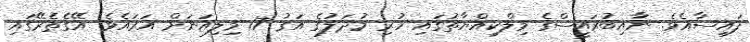
ފައިސާއެވެ. ނާއިބުރައީސްގެ މިލްކިއްޔާތުގައި ހުރި މުދަލުގެ އަގު 17 މިލިއަނަށް އަރައެވެ. އޭގެތެރޭގައި